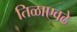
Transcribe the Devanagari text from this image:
तिळाएवढे